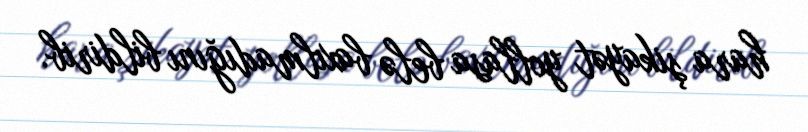
hara şikayət yollasa belə baxılmadığını bildirib.